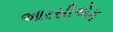
આરસીએફ